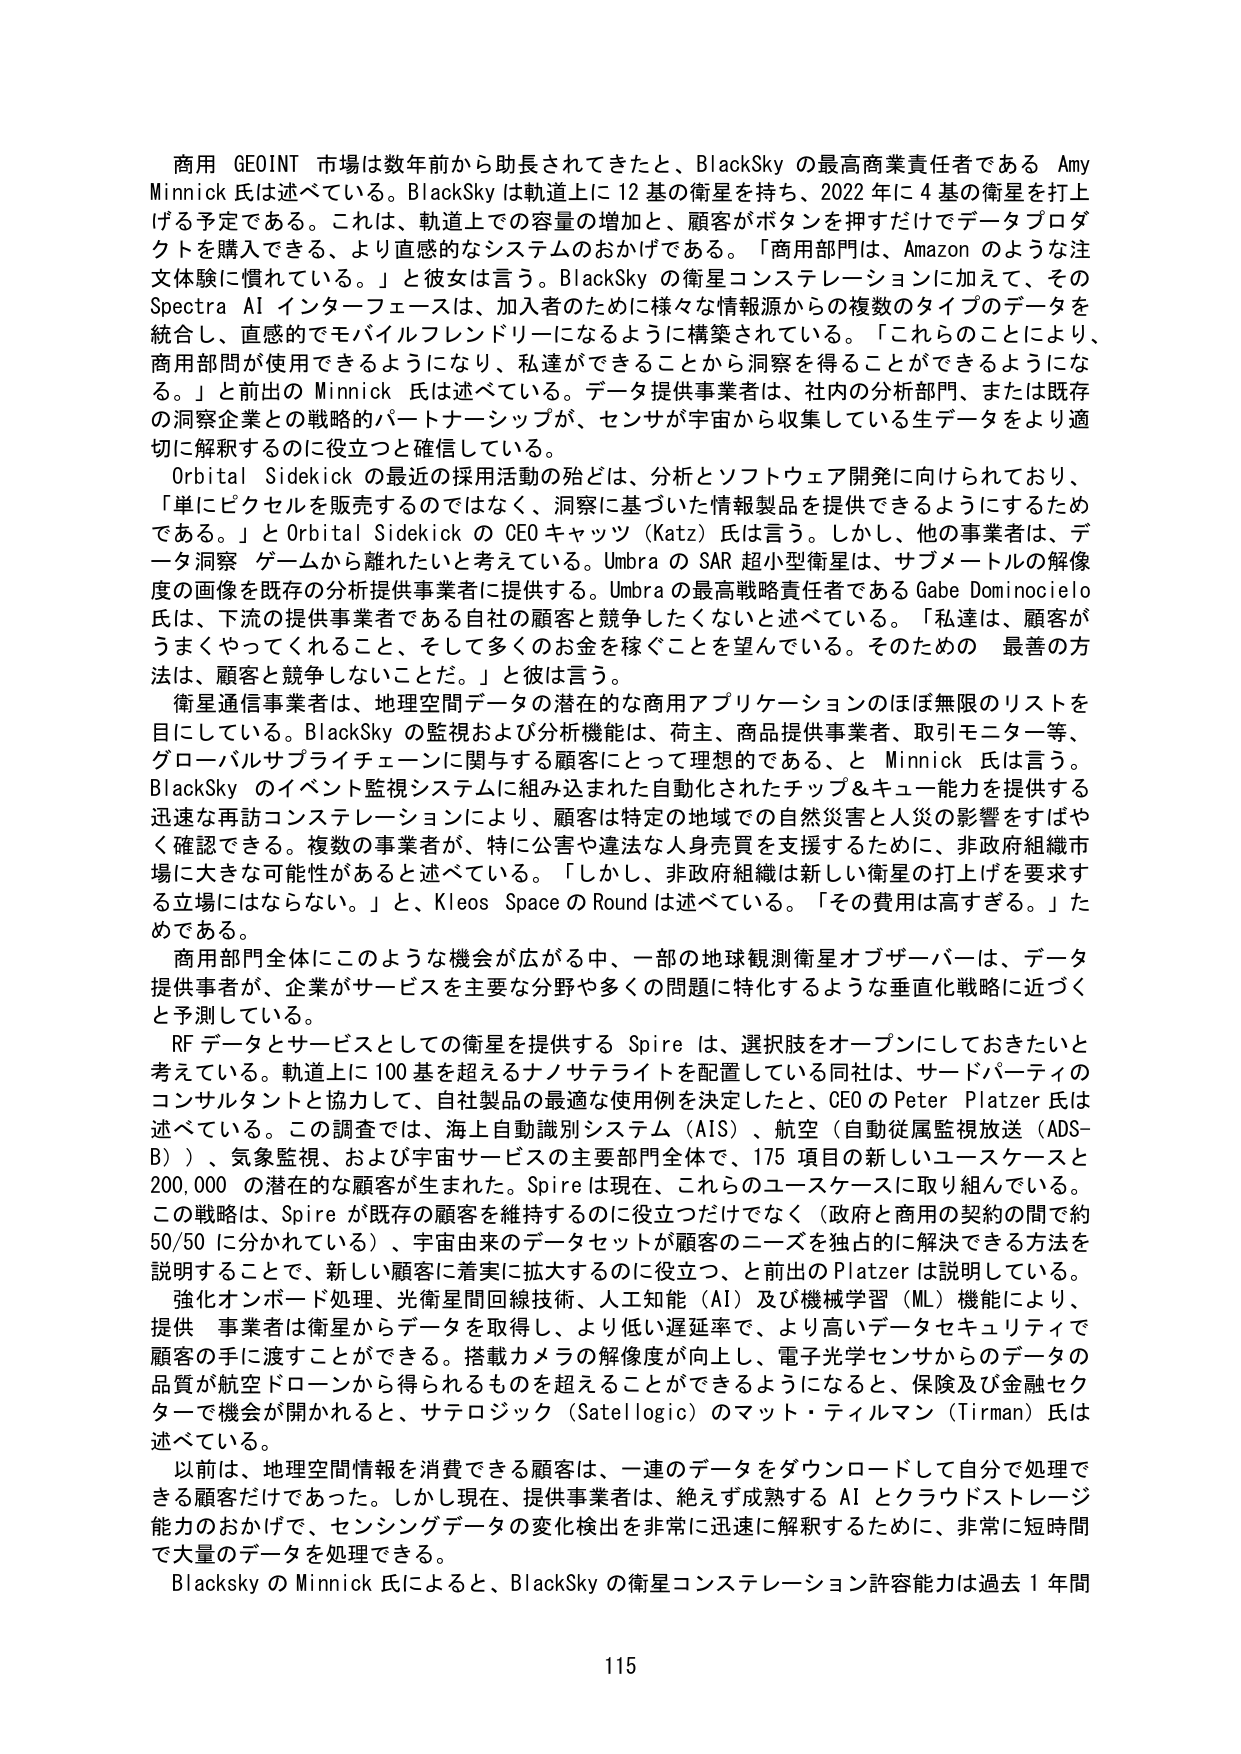
商用 GEOINT 市場は数年前から助長されてきたと、BlackSky の最高商業責任者である Amy Minnick 氏は述べている。BlackSky は軌道上に 12 基の衛星を持ち、2022 年に 4 基の衛星を打上げる予定である。これは、軌道上での容量の増加と、顧客がボタンを押すだけでデータプロダクトを購入できる、より直感的なシステムのおかげである。「商用部門は、Amazon のような注文体験に慣れている。」と彼女は言う。BlackSky の衛星コンステレーションに加えて、その Spectra AI インターフェースは、加入者のために様々な情報源からの複数のタイプのデータを統合し、直感的でモバイルフレンドリーになるように構築されている。「これらのことにより、商用部門が使用できるようになり、私達ができることから洞察を得ることができるようになる。」と前出の Minnick 氏は述べている。データ提供事業者は、社内の分析部門、または既存の洞察企業との戦略的パートナーシップが、センサが宇宙から収集している生データをより適切に解釈するのに役立つと確信している。

Orbital Sidekick の最近の採用活動の殆どは、分析とソフトウェア開発に向けられており、「単にピクセルを販売するのではなく、洞察に基づいた情報製品を提供できるようにするためである。」と Orbital Sidekick の CEO キャッツ（Katz）氏は言う。しかし、他の事業者は、データ洞察 ゲームから離れたいと考えている。Umbra の SAR 超小型衛星は、サブメートルの解像度の画像を既存の分析提供事業者に提供する。Umbra の最高戦略責任者である Gabe Dominocielo 氏は、下流の提供事業者である自社の顧客と競争したくないと述べている。「私達は、顧客がうまくやってくれること、そして多くのお金を稼ぐことを望んでいる。そのための 最善の方法は、顧客と競争しないことだ。」と彼は言う。

衛星通信事業者は、地理空間データの潜在的な商用アプリケーションのほぼ無限のリストを目している。BlackSky の監視および分析機能は、荷主、商品提供事業者、取引モニター等、グローバルサプライチェーンに関与する顧客にとって理想的である、と Minnick 氏は言う。BlackSky のイベント監視システムに組み込まれた自動化されたチップ＆キュー能力を提供する迅速な再訪コンステレーションにより、顧客は特定の地域での自然災害と人災の影響をすばやく確認できる。複数の事業者が、特に公害や違法な人身売買を支援するために、非政府組織市場に大きな可能性があると述べている。「しかし、非政府組織は新しい衛星の打上げを要求する立場にはならない。」と、Kleos Space の Round は述べている。「その費用は高すぎる。」ためである。

商用部門全体にこのような機会が広がる中、一部の地球観測衛星オブザーバーは、データ提供事業者が、企業がサービスを主要な分野や多くの問題に特化するような垂直化戦略に近づくと予測している。

RF データとサービスとしての衛星を提供する Spire は、選択肢をオープンにしておきたいと考えている。軌道上に 100 基を超えるナノサテライトを配置している同社は、サードパーティのコンサルタントと協力して、自社製品の最適な使用例を決定したと、CEO の Peter Platter 氏は述べている。この調査では、海上自動識別システム（AIS）、航空（自動従属監視放送（ADS-B））、気象監視、および宇宙サービスの主要部門全体で、175 項目の新しいユースケースと 200,000 の潜在的な顧客が生まれた。Spire は現在、これらのユースケースに取り組んでいる。この戦略は、Spire が既存の顧客を維持するのに役立つだけでなく（政府と商用の契約の間で約 50/50 に分かれている）、宇宙由来のデータセットが顧客のニーズを独自に解決できる方法を説明することで、新しい顧客に着実に拡大するのに役立つ、と前出の Platter は説明している。

強化オンボード処理、光衛星間回線技術、人工知能（AI）及び機械学習（ML）機能により、提供 事業者は衛星からデータを取得し、より低い遅延率で、より高いデータセキュリティで顧客の手に渡すことができる。搭載カメラの解像度が向上し、電子光学センサからのデータの品質が航空ドローンから得られるものを超えることができるようになると、保険及び金融セクターで機会が開かれると、サテロジック（Satellogic）のマット・ティルマン（Tirman）氏は述べている。

以前は、地理空間情報を消費できる顧客は、一連のデータをダウンロードして自分で処理できる顧客だけであった。しかし現在、提供事業者は、絶えず成熟する AI とクラウドストレージ能力のおかげで、センシングデータの変化検出を非常に迅速に解釈するために、非常に短時間で大量のデータを処理できる。

Blacksky の Minnick 氏によると、BlackSky の衛星コンステレーション許容能力は過去 1 年間

115